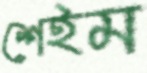
শেইম